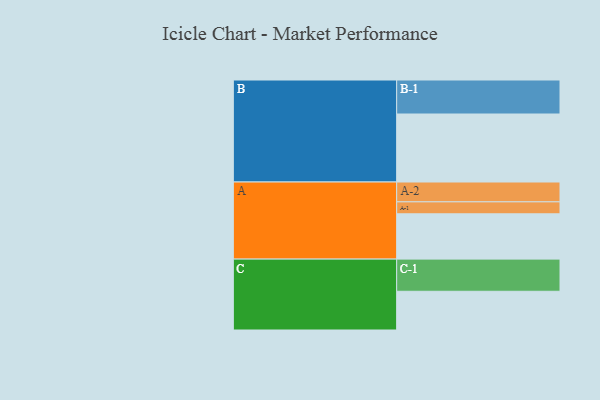
{"axis": {"x": "Segment", "y": "Value"}, "legend": ["", "A", "B", "C"], "data": [{"x": "A", "y": 393, "type": ""}, {"x": "B", "y": 590, "type": ""}, {"x": "C", "y": 336, "type": ""}, {"x": "A-1", "y": 104, "type": "A"}, {"x": "A-2", "y": 172, "type": "A"}, {"x": "B-1", "y": 295, "type": "B"}, {"x": "C-1", "y": 279, "type": "C"}]}